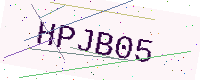
Text: HPJB05